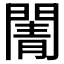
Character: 𮤒